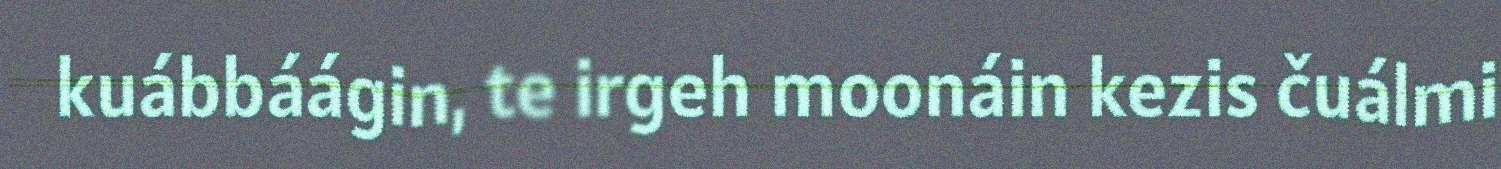
kuábbáágin, te irgeh moonáin kezis čuálmi